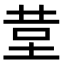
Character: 𮎹